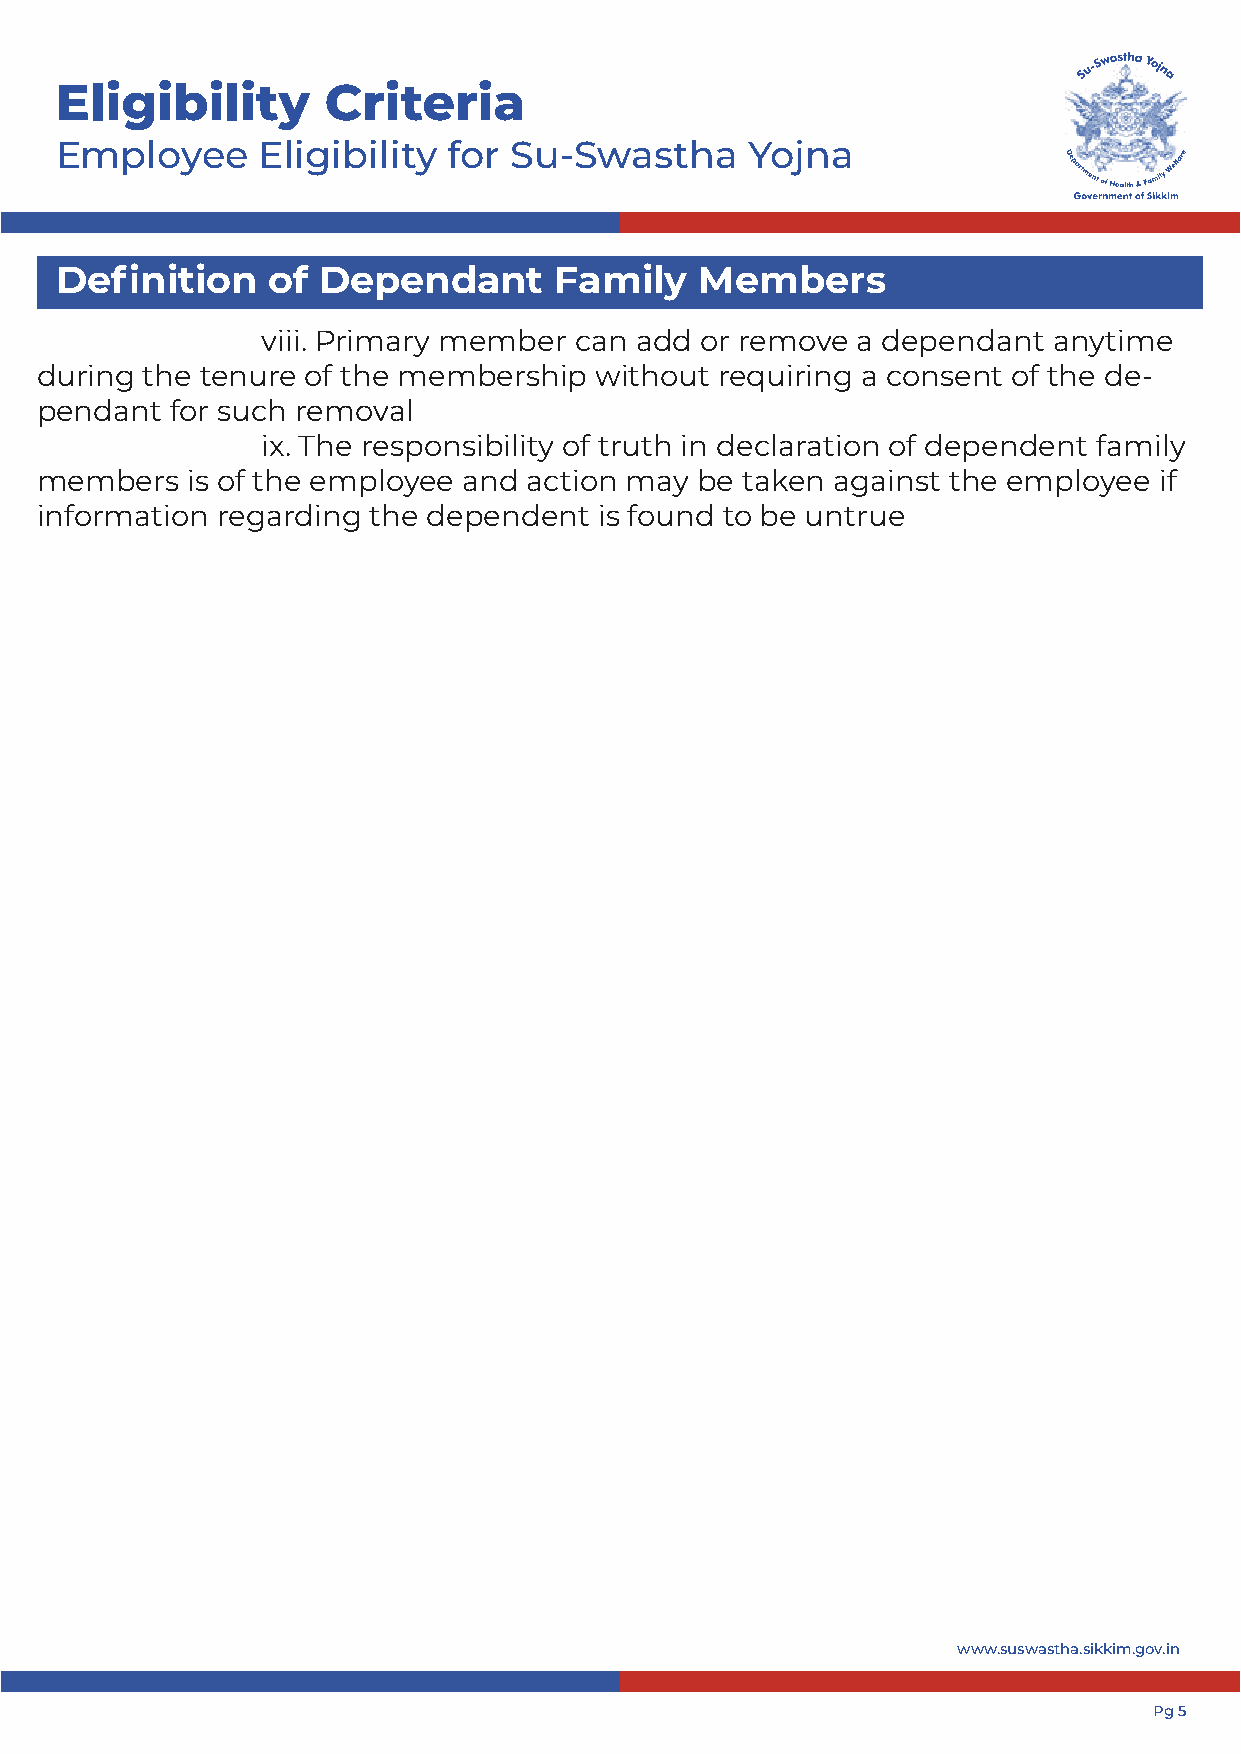
Eligibility      Criteria
 Employee     Eligibility  for Su-Swastha     Yojna
 Definition    of Dependant       Family   Members
 viii. Primary member can add or remove  a dependant  anytime
 during the tenure of the membership  without  requiring a consent of the de-
 pendant  for such removal
 ix. The responsibility of truth in declaration of dependent family
 members   is of the employee and action may be taken against the employee  if
 information regarding  the dependent  is found to be untrue
 www.suswastha.sikkim.gov.in
 Pg 5